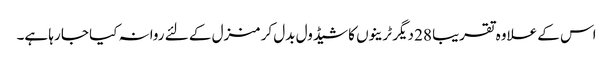
اس کے علاوہ تقریبا 28 دیگر ٹرینوں کا شیڈول بدل کر منزل کے لئے روانہ کیا جا رہا ہے۔